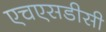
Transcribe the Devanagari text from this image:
एचएसडीसी